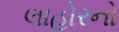
લાહોરનો